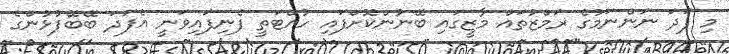
މި ފަދަ ނަންނަމުގެ ރަމްޒުތައް މާޒީގައި ބޭނުންކޮށްފައި ހުއްޓަތީ ފެނިފައިވަނީ އެފަދަ ބޭބޭފުޅުންގެ